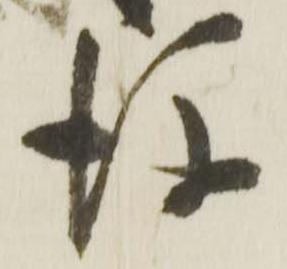
後